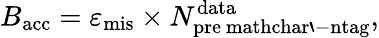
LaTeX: B_{\mathrm{acc}}=\varepsilon_{\mathrm{mis}}\times N_{\mathrm{pre\ mathchar`-ntag}}^{\mathrm{data}},